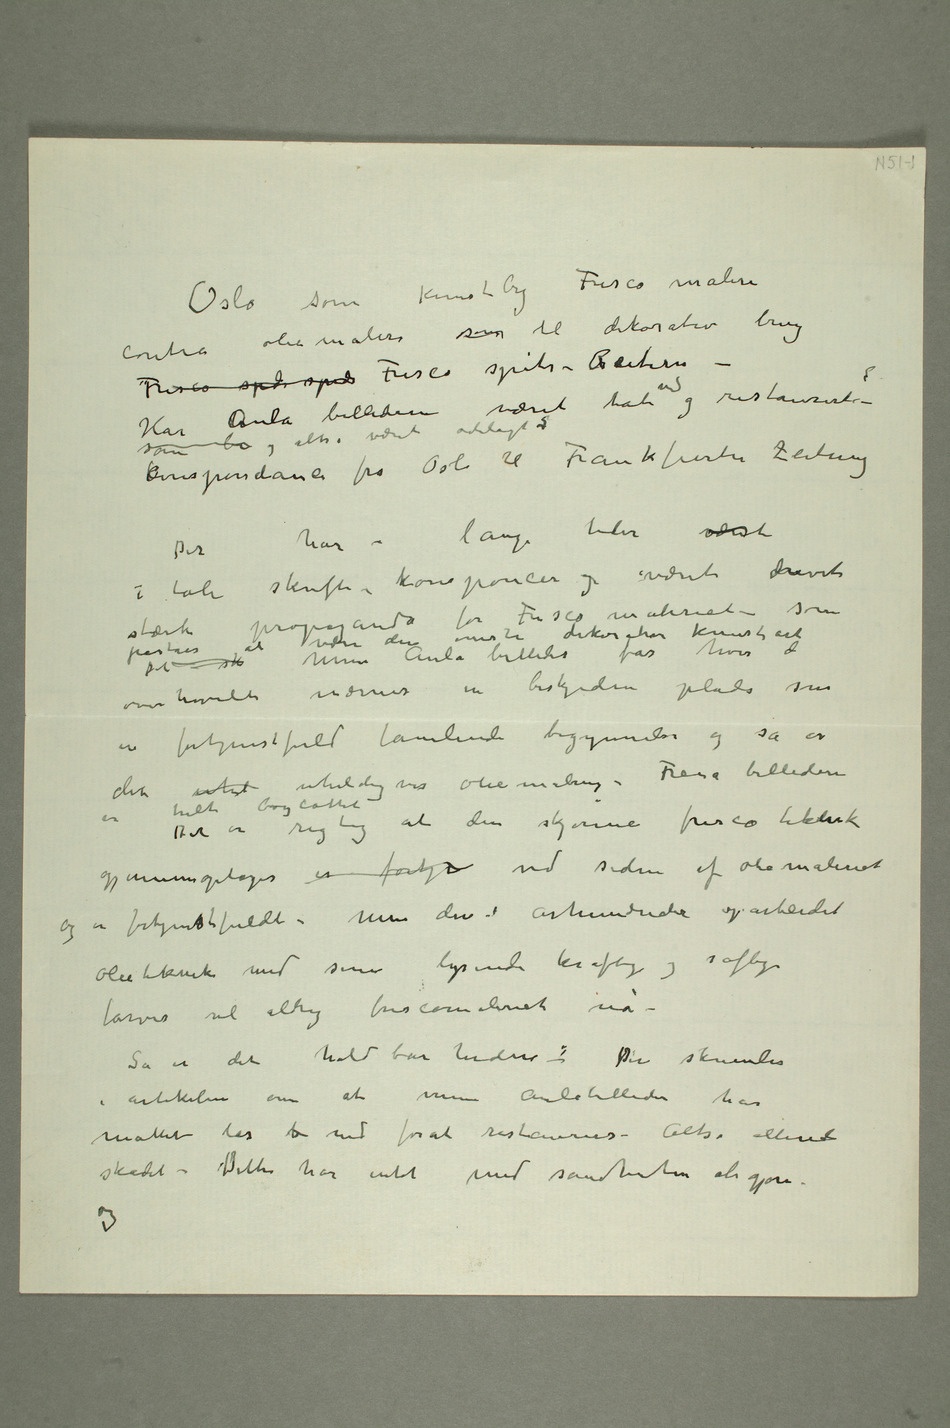
Oslo som kunstbyFresco maleri
olie maleri som til dekorativ brug
Fresco spids spids Fresco spits-Reitern –
Har Aula billederne været tat ned og restaurert? –
Korespondance fra Oslo til Frankfurter Zeitung
Der har i lange tider været
i tale skrifter – koresponcer og været drevet
stærk propaganda for Frescomaleriet – som
en fortjenstfuld famlende begynnelse og så er
det uhel uheldigvis oliemaling.
billederne er helt boycottet
gjennemoptages er fortj ved siden af oliemaleriet og
er fortjenstfuldt. Men den i århundreder oparbeidet
olieteknik med sine lysende kraftige og saftige
farver vil aldrig frescomaleriet nå
– Så er det holdbarheden–: Der skumles
i artikkelen om at mine Aulabilleder har
måttet tas  ned forat restaureres. Altså allerede
skadet. Dette har intet med sandheten at
gjøre og